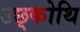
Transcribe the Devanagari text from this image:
उछ्कोथि